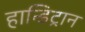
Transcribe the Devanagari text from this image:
हान्डिट्रान